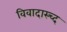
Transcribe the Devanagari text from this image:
विवादास्च्द